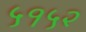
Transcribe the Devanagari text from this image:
५१५२